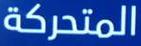
المتحركة